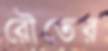
রৌতের